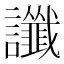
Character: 讖